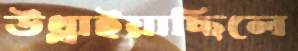
উথ্‌লাইয়াছিলে